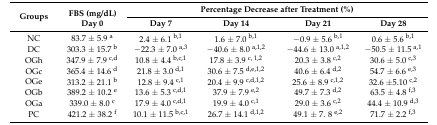
<table><thead><tr><td rowspan="2"><b>Groups</b></td><td rowspan="2"><b>FBS (mg/dL) Day 0</b></td><td colspan="4"><b>Percentage Decrease after Treatment (%)</b></td></tr><tr><td><b>Day 7</b></td><td><b>Day 14</b></td><td><b>Day 21</b></td><td><b>Day 28</b></td></tr></thead><tbody><tr><td>NC</td><td>83.7 ± 5.9 <sup>a</sup></td><td>2.4 ± 6.1 <sup>b,1</sup></td><td>1.6 ± 7.0 <sup>b,1</sup></td><td>−0.9 ± 5.6 <sup>b,1</sup></td><td>0.6 ± 5.6 <sup>b,1</sup></td></tr><tr><td>DC</td><td>303.3 ± 15.7 <sup>b</sup></td><td>−22.3 ± 7.0 <sup>a,3</sup></td><td>−40.6 ± 8.0 <sup>a,1,2</sup></td><td>−44.6 ± 13.0 <sup>a,1,2</sup></td><td>−50.5 ± 11.5 <sup>a,1</sup></td></tr><tr><td>OGh</td><td>347.9 ± 7.9 <sup>c,d</sup></td><td>10.8 ± 4.4 <sup>b,c,1</sup></td><td>17.8 ± 3.9 <sup>c, 1,2</sup></td><td>20.3 ± 3.8 <sup>c,2</sup></td><td>30.6 ± 5.0 <sup>c,3</sup></td></tr><tr><td>OGc</td><td>365.4 ± 14.6 <sup>d</sup></td><td>21.8 ± 3.0 <sup>d,1</sup></td><td>30.6 ± 7.5 <sup>d,e,1,2</sup></td><td>40.6 ± 6.4 <sup>d,2</sup></td><td>54.7 ± 6.6 <sup>e,3</sup></td></tr><tr><td>OGe</td><td>313.2 ± 21.1 <sup>b</sup></td><td>12.8 ± 9.4 <sup>c,1</sup></td><td>20.4 ± 9.9 <sup>c,d,1,2</sup></td><td>25.6 ± 8.9 <sup>c,1,2</sup></td><td>32.6 ±5.10 <sup>c,2</sup></td></tr><tr><td>OGb</td><td>389.2 ± 10.2 <sup>e</sup></td><td>13.6 ± 5.3 <sup>c,d,1</sup></td><td>37.9 ± 7.9 <sup>e,2</sup></td><td>49.7 ± 7.3 <sup>d,2</sup></td><td>63.5 ± 4.8 <sup>f,3</sup></td></tr><tr><td>OGa</td><td>339.0 ± 8.0 <sup>c</sup></td><td>17.9 ± 4.0 <sup>c,d,1</sup></td><td>19.9 ± 4.0 <sup>c,1</sup></td><td>29.0 ± 3.6 <sup>c,2</sup></td><td>44.4 ± 10.9 <sup>d,3</sup></td></tr><tr><td>PC</td><td>421.2 ± 38.2 <sup>f</sup></td><td>10.1 ± 11.5 <sup>b,c,1</sup></td><td>26.7 ± 14.1 <sup>d,1,2</sup></td><td>49.1 ± 7. 8 <sup>e,2</sup></td><td>71.7 ± 2.2 <sup>f,3</sup></td></tr></tbody></table>